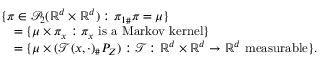
\begin{array} { r l } & { \{ \pi \in \mathcal { P } _ { 2 } ( \mathbb { R } ^ { d } \times \mathbb { R } ^ { d } ) : { \pi _ { 1 } } _ { \# } \pi = \mu \} } \\ & { \quad = \{ \mu \times \pi _ { x } : \pi _ { x } ~ \mathrm { i s ~ a ~ M a r k o v ~ k e r n e l } \} } \\ & { \quad = \{ \mu \times ( \mathcal { T } ( x , \cdot ) _ { \# } P _ { Z } ) : \mathcal { T } \colon \mathbb { R } ^ { d } \times \mathbb { R } ^ { d } \to \mathbb { R } ^ { d } ~ \mathrm { m e a s u r a b l e } \} . } \end{array}